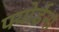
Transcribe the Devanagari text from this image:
फ्योर्डना